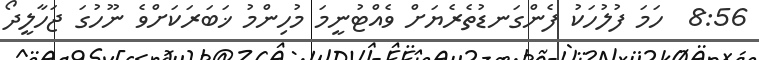
8:56  ހަމަ ފުލުހަކު ފެންގަނޑުތެރެޔަށް ވެއްޓުނީމަ މުހިންމު ޚަބަރަކަށްވެ ނޫހުގަ ޖަހާލީދޯ